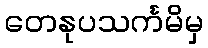
တေနုပသင်္ကမိမှ